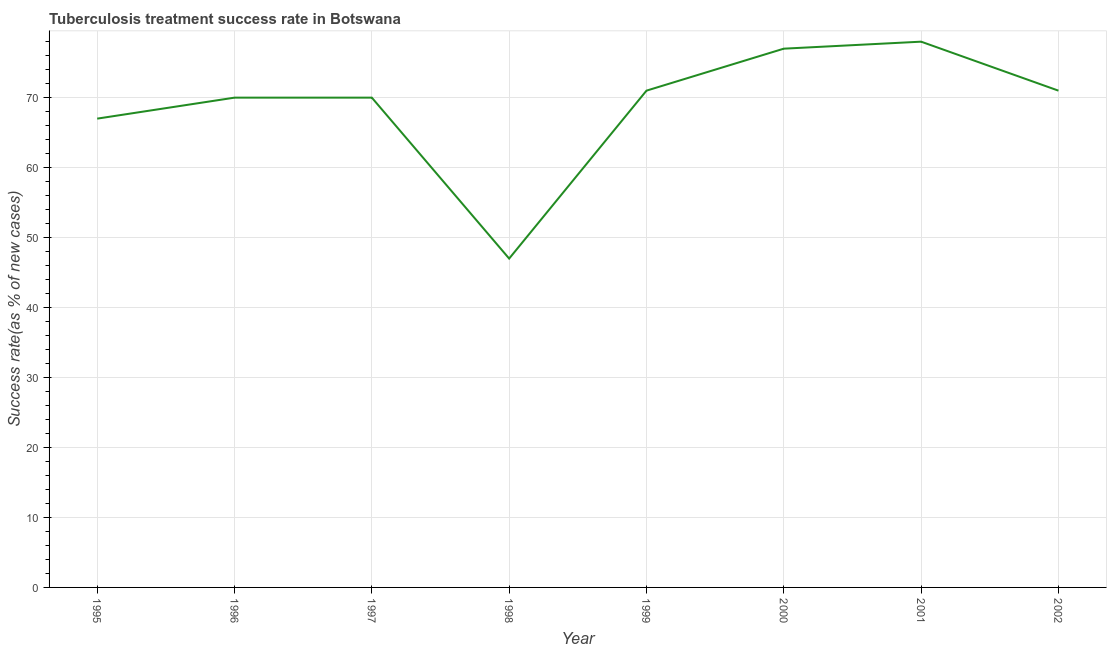
| Year | Tuberculosis treatment success rate |
 | --- | --- |
 | 1995 | 67 |
 | 1996 | 70 |
 | 1997 | 70 |
 | 1998 | 47 |
 | 1999 | 71 |
 | 2000 | 77 |
 | 2001 | 78 |
 | 2002 | 71 |